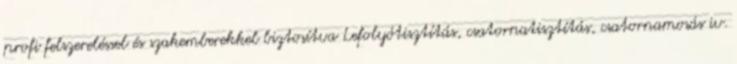
profi felszereléssel és szakemberekkel biztosítva Lefolyótisztítás, csatornatisztítás, csatornamosás iv.